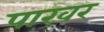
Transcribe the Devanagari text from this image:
पाखर